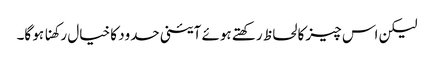
لیکن اس چیز کا لحاظ رکھتے ہوئے آئینی حدود کا خیال رکھنا ہو گا۔